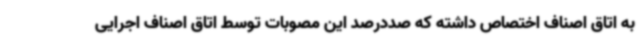
به اتاق اصناف اختصاص داشته که صددرصد این مصوبات توسط اتاق اصناف اجرایی